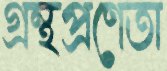
গ্রন্থপ্রণেতা